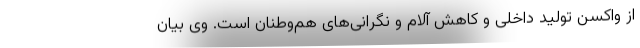
از واکسن تولید داخلی و کاهش آلام و نگرانی‌های هم‌وطنان است. وی بیان